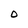
Character: O